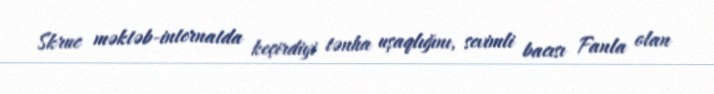
Skruc məktəb-internatda keçirdiyi tənha uşaqlığını, sevimli bacısı Fanla olan